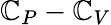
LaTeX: \mathbb{C}_{P}-\mathbb{C}_{V}